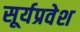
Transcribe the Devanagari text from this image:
सूर्यप्रवेश